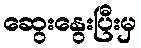
ဆွေးနွေးပြီးမှ